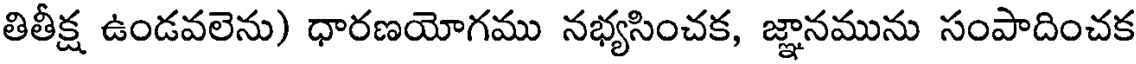
తితీక్ష ఉండవలెను) ధారణయోగము నభ్యసించక, జ్ఞానమును సంపాదించక